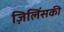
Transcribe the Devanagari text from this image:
ज़िलिंसकी